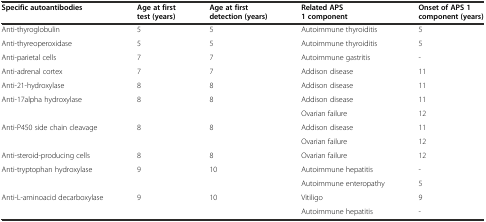
<table><thead><tr><td><b>Specific autoantibodies</b></td><td><b>Age at first test (years)</b></td><td><b>Age at first detection (years)</b></td><td><b>Related APS 1 component</b></td><td><b>Onset of APS 1 component (years)</b></td></tr></thead><tbody><tr><td>Anti-thyroglobulin</td><td>5</td><td>5</td><td>Autoimmune thyroiditis</td><td>5</td></tr><tr><td>Anti-thyreoperoxidase</td><td>5</td><td>5</td><td>Autoimmune thyroiditis</td><td>5</td></tr><tr><td>Anti-parietal cells</td><td>7</td><td>7</td><td>Autoimmune gastritis</td><td>-</td></tr><tr><td>Anti-adrenal cortex</td><td>7</td><td>7</td><td>Addison disease</td><td>11</td></tr><tr><td>Anti-21-hydroxylase</td><td>8</td><td>8</td><td>Addison disease</td><td>11</td></tr><tr><td rowspan="2">Anti-17alpha hydroxylase</td><td rowspan="2">8</td><td rowspan="2">8</td><td>Addison disease</td><td>11</td></tr><tr><td>Ovarian failure</td><td>12</td></tr><tr><td rowspan="2">Anti-P450 side chain cleavage</td><td rowspan="2">8</td><td rowspan="2">8</td><td>Addison disease</td><td>11</td></tr><tr><td>Ovarian failure</td><td>12</td></tr><tr><td>Anti-steroid-producing cells</td><td>8</td><td>8</td><td>Ovarian failure</td><td>12</td></tr><tr><td rowspan="2">Anti-tryptophan hydroxylase</td><td rowspan="2">9</td><td rowspan="2">10</td><td>Autoimmune hepatitis</td><td>-</td></tr><tr><td>Autoimmune enteropathy</td><td>5</td></tr><tr><td rowspan="2">Anti-L-aminoacid decarboxylase</td><td rowspan="2">9</td><td rowspan="2">10</td><td>Vitiligo</td><td>9</td></tr><tr><td>Autoimmune hepatitis</td><td>-</td></tr></tbody></table>